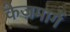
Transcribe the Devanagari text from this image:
केजमार्गे